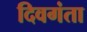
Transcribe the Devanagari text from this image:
दिवगंता